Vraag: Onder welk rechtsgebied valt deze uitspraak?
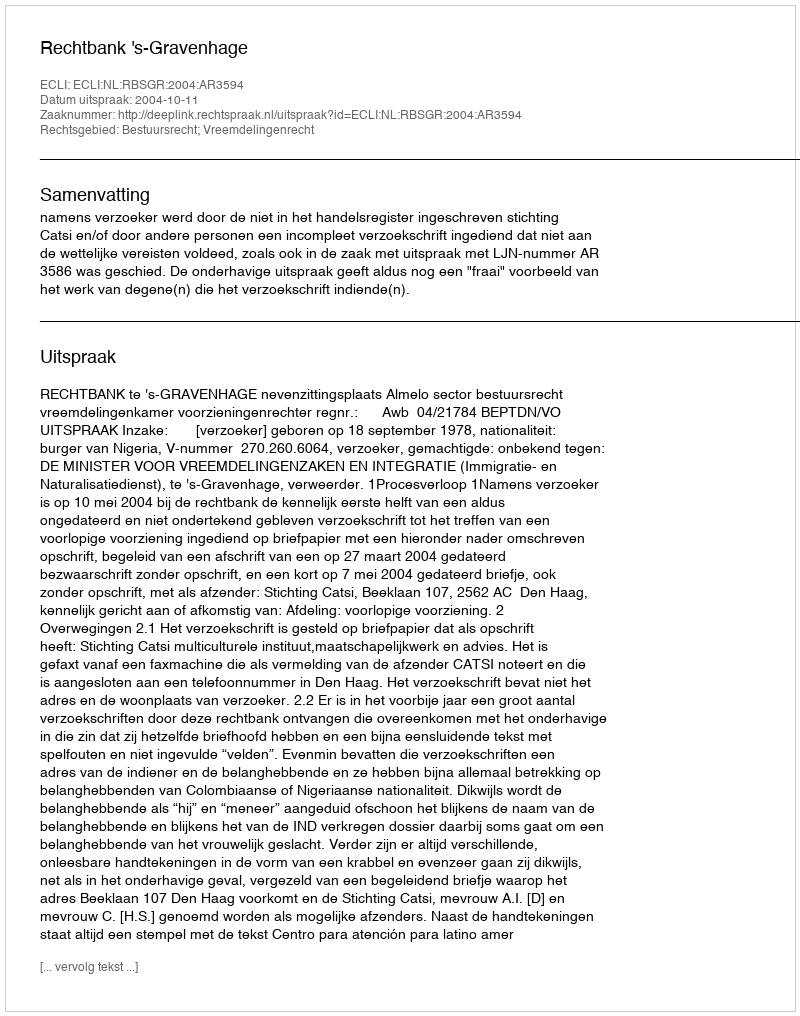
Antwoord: Bestuursrecht; Vreemdelingenrecht